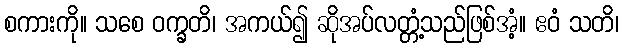
စကားကို။ သစေ ဝက္ခတိ၊ အကယ်၍ ဆိုအပ်လတ္တံ့သည်ဖြစ်အံ့။ ဧဝံ သတိ၊